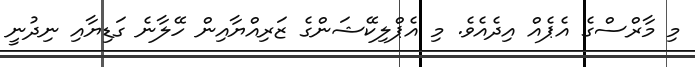
މި މާރްސްގެ އެޕެއް އިދެއެވެ. މި އެޕްލިކޭޝަންގެ ޒަރިއްޔާއިން ހޭލާނެ ގަޑިޔާއި ނިދުނީ